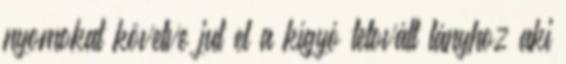
nyomokat követve jut el a kígyó tetovált lányhoz aki